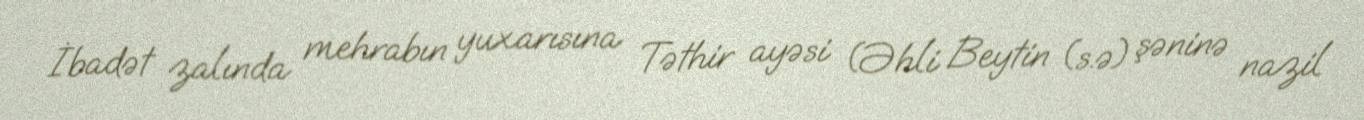
İbadət zalında mehrabın yuxarısına Təthir ayəsi (Əhli Beytin (s.ə) şəninə nazil